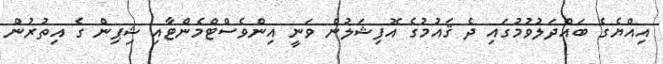
އިއްޔެގެ ބައްދަލުވުމުގައި ދެ ޤައުމުގެ އޮފިޝަލުން ވަނީ އިންވެސްޓްމެންޓާއި ޝިޕިން ގެ އިތުރުން